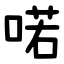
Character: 喏